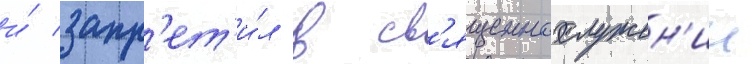
и́ запр'ет'и́л в св'ященнослужен'ии